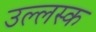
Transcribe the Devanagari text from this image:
उल्लस्क